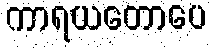
ကာရယတောပေ